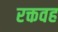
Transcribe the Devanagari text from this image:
रक्तवह